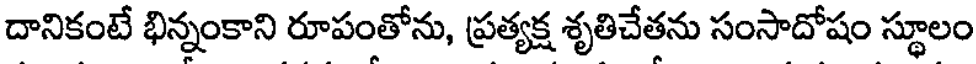
దానికంటే భిన్నంకాని రూపంతోను, ప్రత్యక్ష శృతిచేతను సంసాదోషం స్థూలం